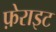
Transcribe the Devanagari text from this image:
फ़ेराइट